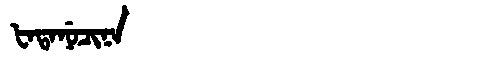
Manchu: ᡶᠠᡨᠠᠨᡠᠴᡳᠨᠠ
Romanization: FATANUCINA